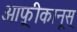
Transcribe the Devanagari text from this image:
आफ़्रीकानूस्